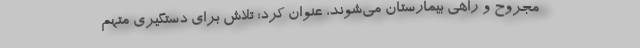
مجروح و راهی بیمارستان می‌شوند، عنوان کرد: تلاش برای دستگیری متهم